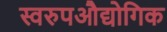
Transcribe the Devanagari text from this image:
स्वरुपऔद्योगिक